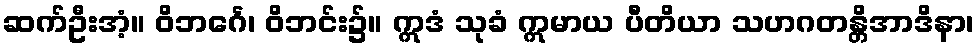
ဆက်ဦးအံ့။ ဝိဘင်္ဂေ၊ ဝိဘင်း၌။ ဣဒံ သုခံ ဣမာယ ပီတိယာ သဟဂတန္တိအာဒိနာ၊